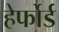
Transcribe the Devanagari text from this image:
हेर्फोर्ड